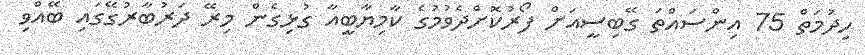
ހިދުމަތް 75 އިންސައްތަ ގޭބިސީއަށް ފޯރުކޮށްދެވުމުގެ ކާމިޔާބީއާ ގުޅިގެން މިރޭ ދަރުބާރުގޭގައި ބޭއްވި